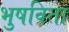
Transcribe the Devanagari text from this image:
भुषविता